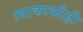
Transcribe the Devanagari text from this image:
त्याकाळीही